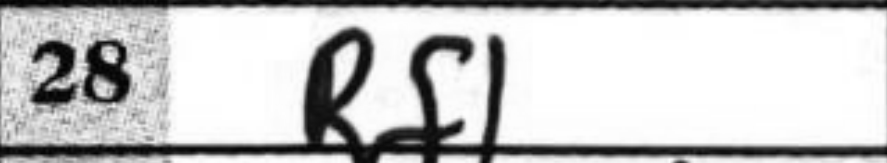
Transcription: Rf1